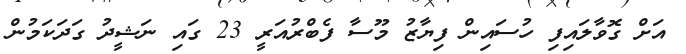
އަށް ގޮވާލައިފި ހުސައިން ފިޔާޒު މޫސާ ފެބްރުއަރީ 23 ގައި ނަޝީދު ގަދަކަމުން